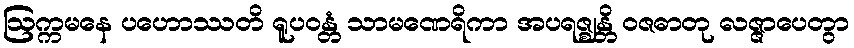
ဩက္ကမနေ ပဟောဿတိ ရူပဝန္တံ သာမဏေရိကာ အပရဇ္ဈန္တိ ဝဇဓာတု လဇ္ဇာပေတွာ